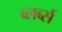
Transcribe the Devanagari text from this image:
ब्लर्ब्स